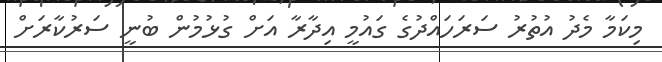
މިކަމާ މެދު އުތުރު ސަރަހައްދުގެ ގައުމީ އިދާރާ އަށް ގުޅުމުން ބުނީ ސަރުކާރަށް